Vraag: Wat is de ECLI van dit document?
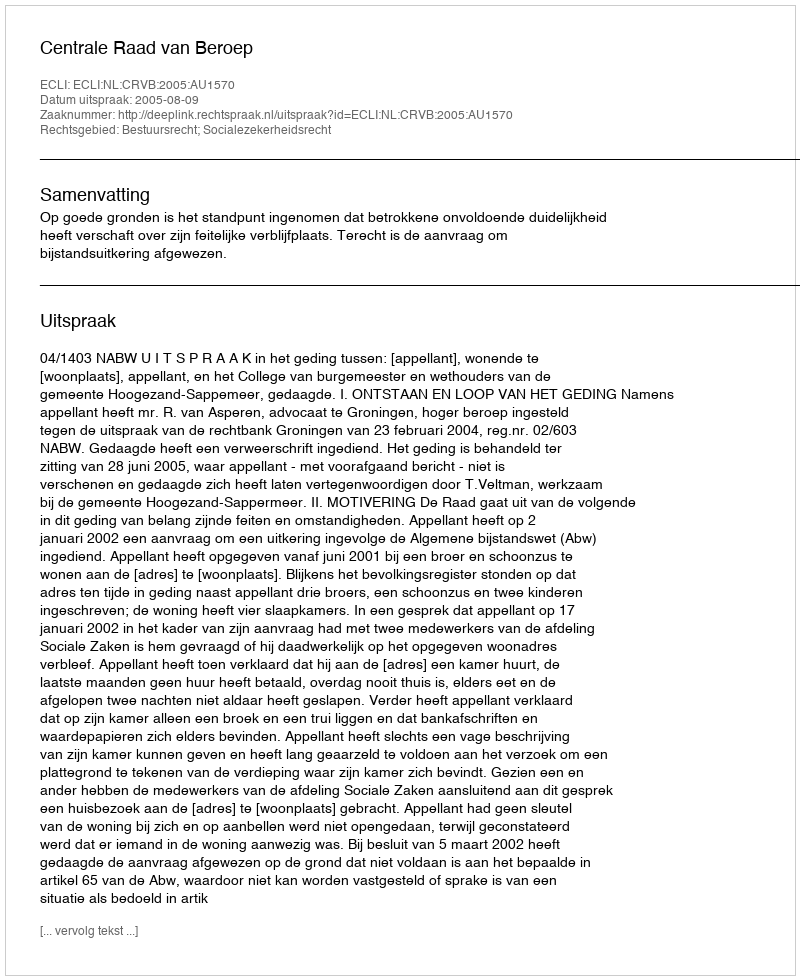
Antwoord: ECLI:NL:CRVB:2005:AU1570